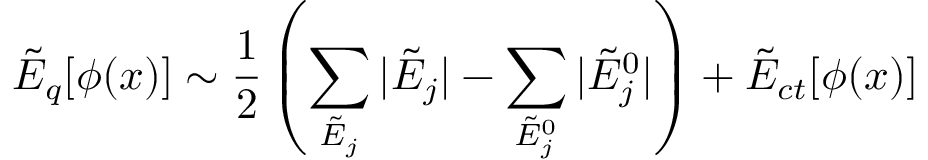
\tilde { \cal E } _ { q } [ \phi ( x ) ] \sim \frac { 1 } { 2 } \left( \sum _ { \tilde { E } _ { j } } | \tilde { E } _ { j } | - \sum _ { \tilde { E } _ { j } ^ { 0 } } | \tilde { E } _ { j } ^ { 0 } | \right) + \tilde { \cal E } _ { c t } [ \phi ( x ) ]